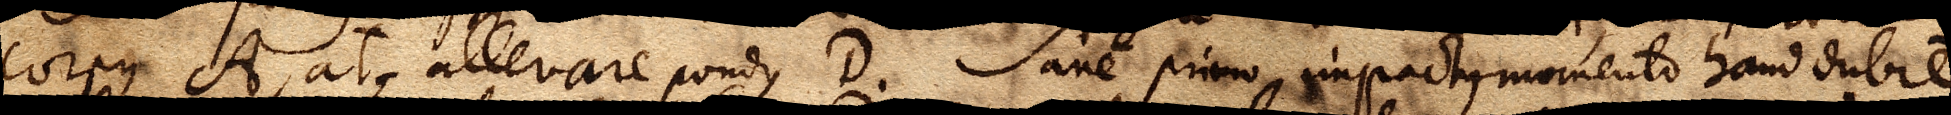
corpus A, atque allevare pondus D. Sane primo impactus momento haud dubie